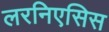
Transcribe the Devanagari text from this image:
लरनिएसिस